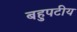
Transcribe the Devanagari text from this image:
बहुपटीय